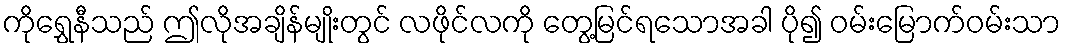
ကိုရွှေနီသည် ဤလိုအချိန်မျိုးတွင် လဖိုင်လကို တွေ့မြင်ရသောအခါ ပို၍ ဝမ်းမြောက်ဝမ်းသာ